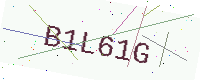
Text: B1L61G